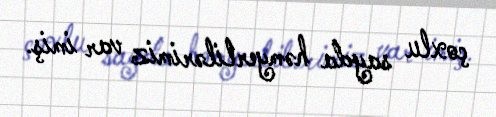
çoxlu sayda həmyerlilərimiz var imiş.